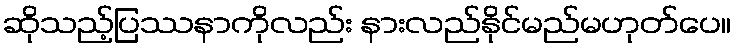
ဆိုသည့်ပြဿနာကိုလည်း နားလည်နိုင်မည်မဟုတ်ပေ။